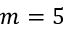
m = 5